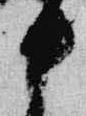
中